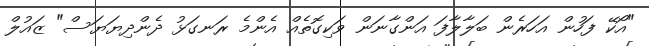
"އޯކޭ ފަހުން އަހަރެން ބަލާލާފަ އަންގާނަން ވަކިގޮތެއް އެންމެ ރަނގަޅު ދެންދިޔަޔަސް" ޒައުލް